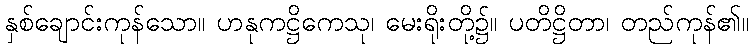
နှစ်ချောင်းကုန်သော။ ဟနုကဋ္ဌိကေသု၊ မေးရိုးတို့၌။ ပတိဋ္ဌိတာ၊ တည်ကုန်၏။